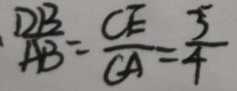
\frac { D B } { A B } = \frac { C E } { C A } = \frac { 3 } { 4 }